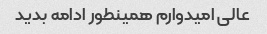
عالی امیدوارم همینطور ادامه بدید